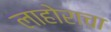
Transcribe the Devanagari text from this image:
लाहोराचा